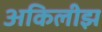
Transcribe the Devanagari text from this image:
अकिलीझ